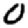
Digit: 0